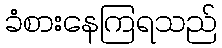
ခံစားနေကြရသည်